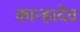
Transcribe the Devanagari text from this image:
कान्हादेव